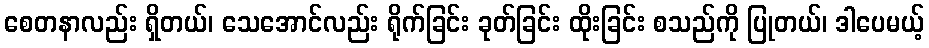
စေတနာလည်း ရှိတယ်၊ သေအောင်လည်း ရိုက်ခြင်း ခုတ်ခြင်း ထိုးခြင်း စသည်ကို ပြုတယ်၊ ဒါပေမယ့်